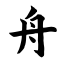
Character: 舟